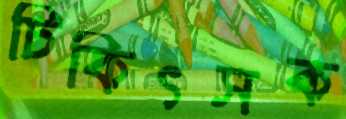
চিকিৎসক